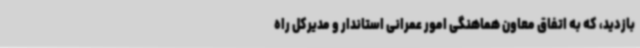
بازدید، که به اتفاق معاون هماهنگی امور عمرانی استاندار و مدیرکل راه